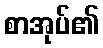
စာအုပ်၏